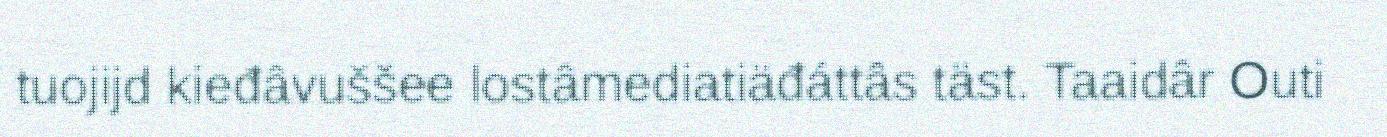
tuojijd kieđâvuššee lostâmediatiäđáttâs täst. Taaidâr Outi